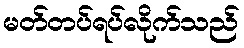
မတ်တပ်ရပ်လိုက်သည်